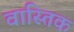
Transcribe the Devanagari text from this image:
वास्तिक